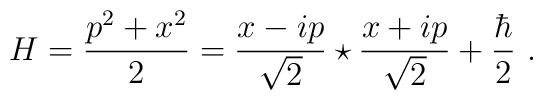
H={p^2 +x^2\over 2}= \frac{x-ip} {\sqrt{2}} \star \frac{x+ip} {\sqrt{2}} +{\hbar\over 2} ~.